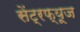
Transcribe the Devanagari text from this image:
सेंट्रफ्यूज